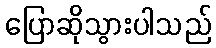
ပြောဆိုသွားပါသည်